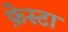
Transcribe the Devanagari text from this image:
फ़ेस्टा